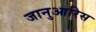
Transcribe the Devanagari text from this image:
जानुआरिस